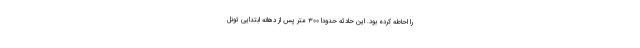
را احاطه کرده بود. این حادثه حدودا ٣٠٠ متر پس از دهانه ابتدایی تونل